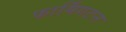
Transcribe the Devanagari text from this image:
फार्मिंगटन